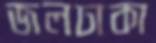
জলঢাকা